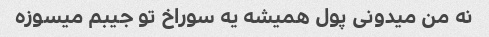
نه من میدونی پول همیشه یه سوراخ تو جیبم میسوزه